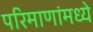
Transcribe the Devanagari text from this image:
परिमाणांमध्ये